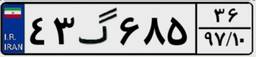
۰۳گ۵۹۷۷۹